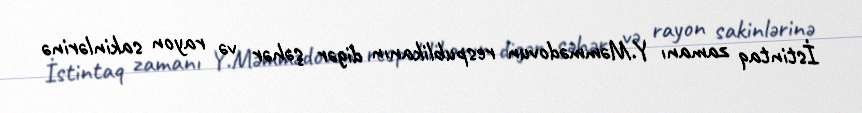
İstintaq zamanı Y.Məmmədovun respublikanın digər şəhər və rayon sakinlərinə